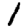
Digit: 1